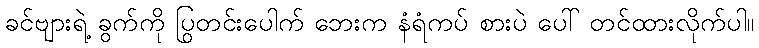
ခင်ဗျားရဲ့ ခွက်ကို ပြတင်းပေါက် ဘေးက နံရံကပ် စားပွဲ ပေါ် တင်ထားလိုက်ပါ။